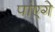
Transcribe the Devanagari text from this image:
पांएगे